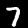
Digit: 7